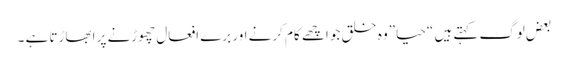
بعض لوگ کہتے ہیں “حیا”وہ خلق جو اچھے کام کرنے اور برے افعال چھوڑنے پر ابھاڑتا ہے ۔